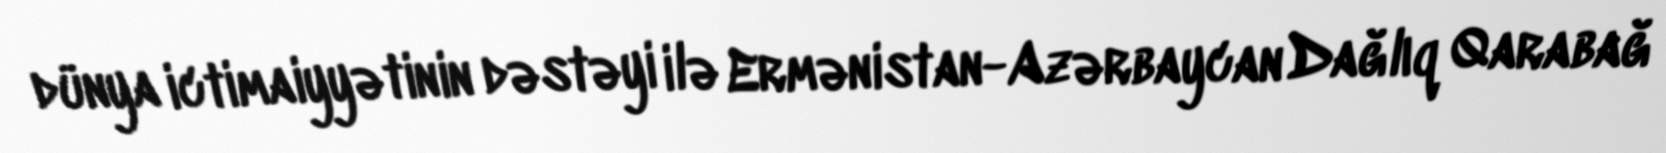
dünya ictimaiyyətinin dəstəyi ilə Ermənistan-Azərbaycan Dağlıq Qarabağ